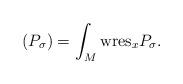
LaTeX: \begin{align*} \left ( P_\sigma \right) = \int_{M} \textnormal{wres}_x P_\sigma. \end{align*}